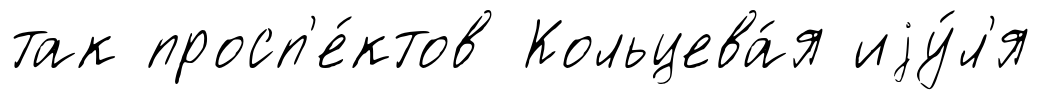
так просп'е́ктов Кольцева́я иjу́л'я